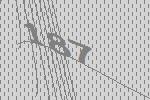
187